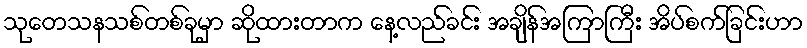
သုတေသနသစ်တစ်ခုမှာ ဆိုထားတာက နေ့လည်ခင်း အချိန်အကြာကြီး အိပ်စက်ခြင်းဟာ